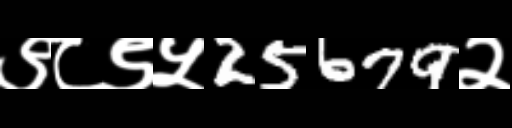
Text: ९८९५25679२